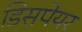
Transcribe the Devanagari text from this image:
डिसपेयर